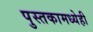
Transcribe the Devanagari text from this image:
पुस्तकामध्येही